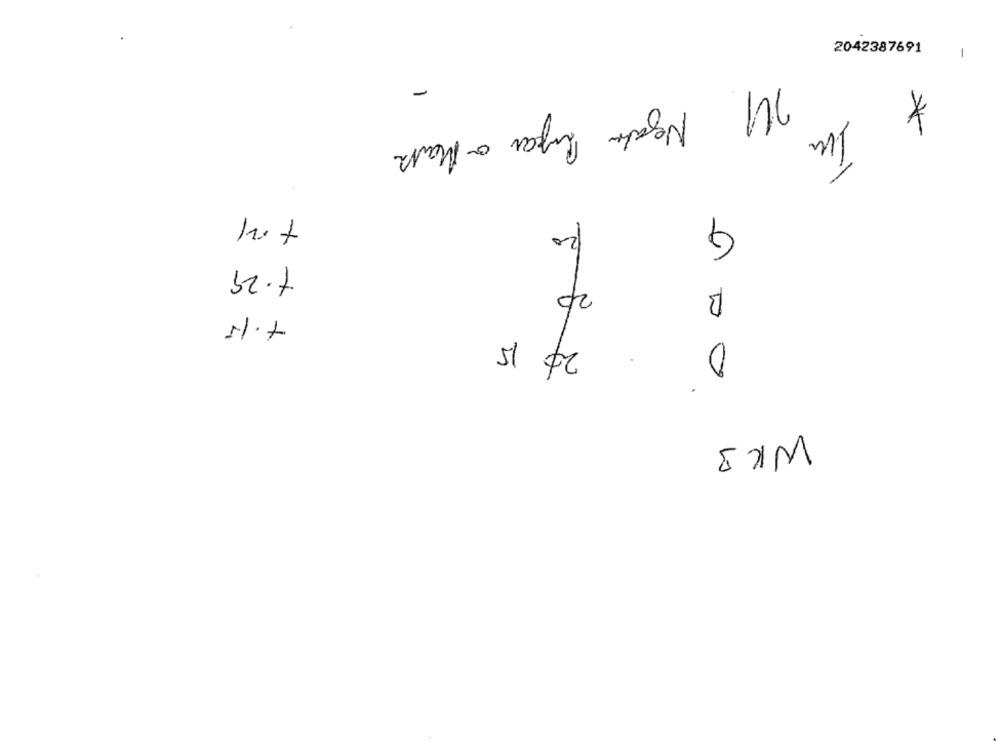
2042387691
-
-
*
Im
G
20
-
1.29
20
B
+.15
20 15
.
0
WK3